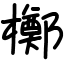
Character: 𬅈